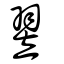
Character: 翌